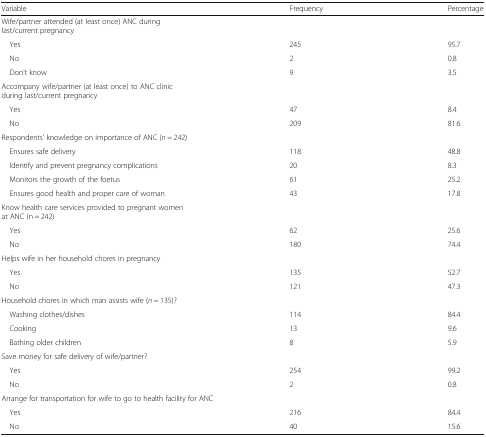
<table><thead><tr><td><b>Variable</b></td><td><b>Frequency</b></td><td><b>Percentage</b></td></tr></thead><tbody><tr><td colspan="3">Wife/partner attended (at least once) ANC during last/current pregnancy</td></tr><tr><td> Yes</td><td>245</td><td>95.7</td></tr><tr><td> No</td><td>2</td><td>0.8</td></tr><tr><td> Don’t know</td><td>9</td><td>3.5</td></tr><tr><td colspan="3">Accompany wife/partner (at least once) to ANC clinic during last/current pregnancy</td></tr><tr><td> Yes</td><td>47</td><td>8.4</td></tr><tr><td> No</td><td>209</td><td>81.6</td></tr><tr><td colspan="3">Respondents’ knowledge on importance of ANC (<i>n</i> = 242)</td></tr><tr><td> Ensures safe delivery</td><td>118</td><td>48.8</td></tr><tr><td> Identify and prevent pregnancy complications</td><td>20</td><td>8.3</td></tr><tr><td> Monitors the growth of the foetus</td><td>61</td><td>25.2</td></tr><tr><td> Ensures good health and proper care of woman</td><td>43</td><td>17.8</td></tr><tr><td colspan="3">Know health care services provided to pregnant women at ANC (n = 242)</td></tr><tr><td> Yes</td><td>62</td><td>25.6</td></tr><tr><td> No</td><td>180</td><td>74.4</td></tr><tr><td colspan="3">Helps wife in her household chores in pregnancy</td></tr><tr><td> Yes</td><td>135</td><td>52.7</td></tr><tr><td> No</td><td>121</td><td>47.3</td></tr><tr><td colspan="3">Household chores in which man assists wife (<i>n</i> = 135)?</td></tr><tr><td> Washing clothes/dishes</td><td>114</td><td>84.4</td></tr><tr><td> Cooking</td><td>13</td><td>9.6</td></tr><tr><td> Bathing older children</td><td>8</td><td>5.9</td></tr><tr><td colspan="3">Save money for safe delivery of wife/partner?</td></tr><tr><td> Yes</td><td>254</td><td>99.2</td></tr><tr><td> No</td><td>2</td><td>0.8</td></tr><tr><td colspan="3">Arrange for transportation for wife to go to health facility for ANC</td></tr><tr><td> Yes</td><td>216</td><td>84.4</td></tr><tr><td> No</td><td>40</td><td>15.6</td></tr></tbody></table>